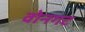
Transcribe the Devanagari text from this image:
वोनगट